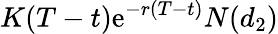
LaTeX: K(T-t)\mathrm{e}^{-r(T-t)}N(d_{2})